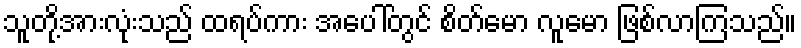
သူတို့အားလုံးသည် ထရပ်ကား အပေါ်တွင် စိတ်မော လူမော ဖြစ်လာကြသည်။